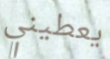
يعطيني